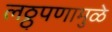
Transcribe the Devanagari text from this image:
लठ्ठ्पणामुळे